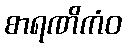
စာရဏိကံဝ